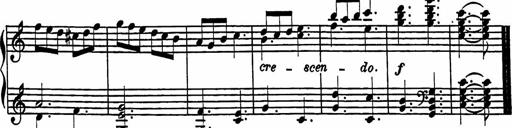
Title: 2 Sonatines
Composer: Richard Zeckwer